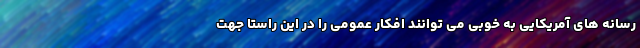
رسانه های آمریکایی به خوبی می توانند افکار عمومی را در این راستا جهت